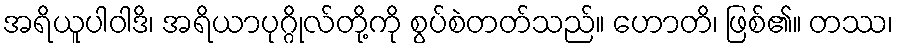
အရိယူပါဝါဒိ၊ အရိယာပုဂ္ဂိုလ်တို့ကို စွပ်စဲတတ်သည်။ ဟောတိ၊ ဖြစ်၏။ တဿ၊